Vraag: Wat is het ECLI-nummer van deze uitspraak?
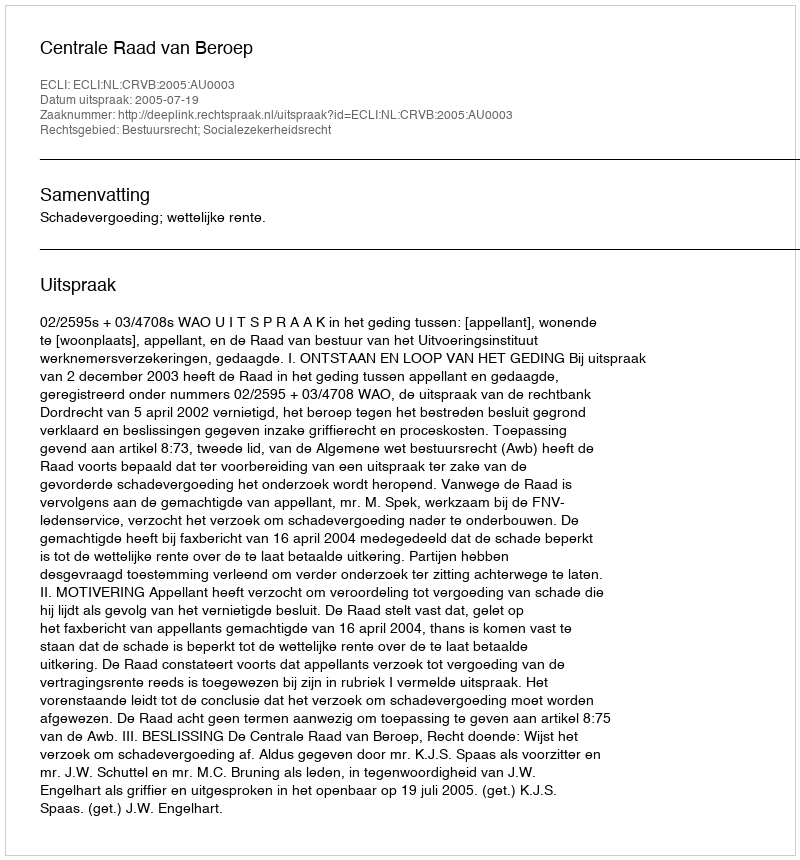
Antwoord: ECLI:NL:CRVB:2005:AU0003